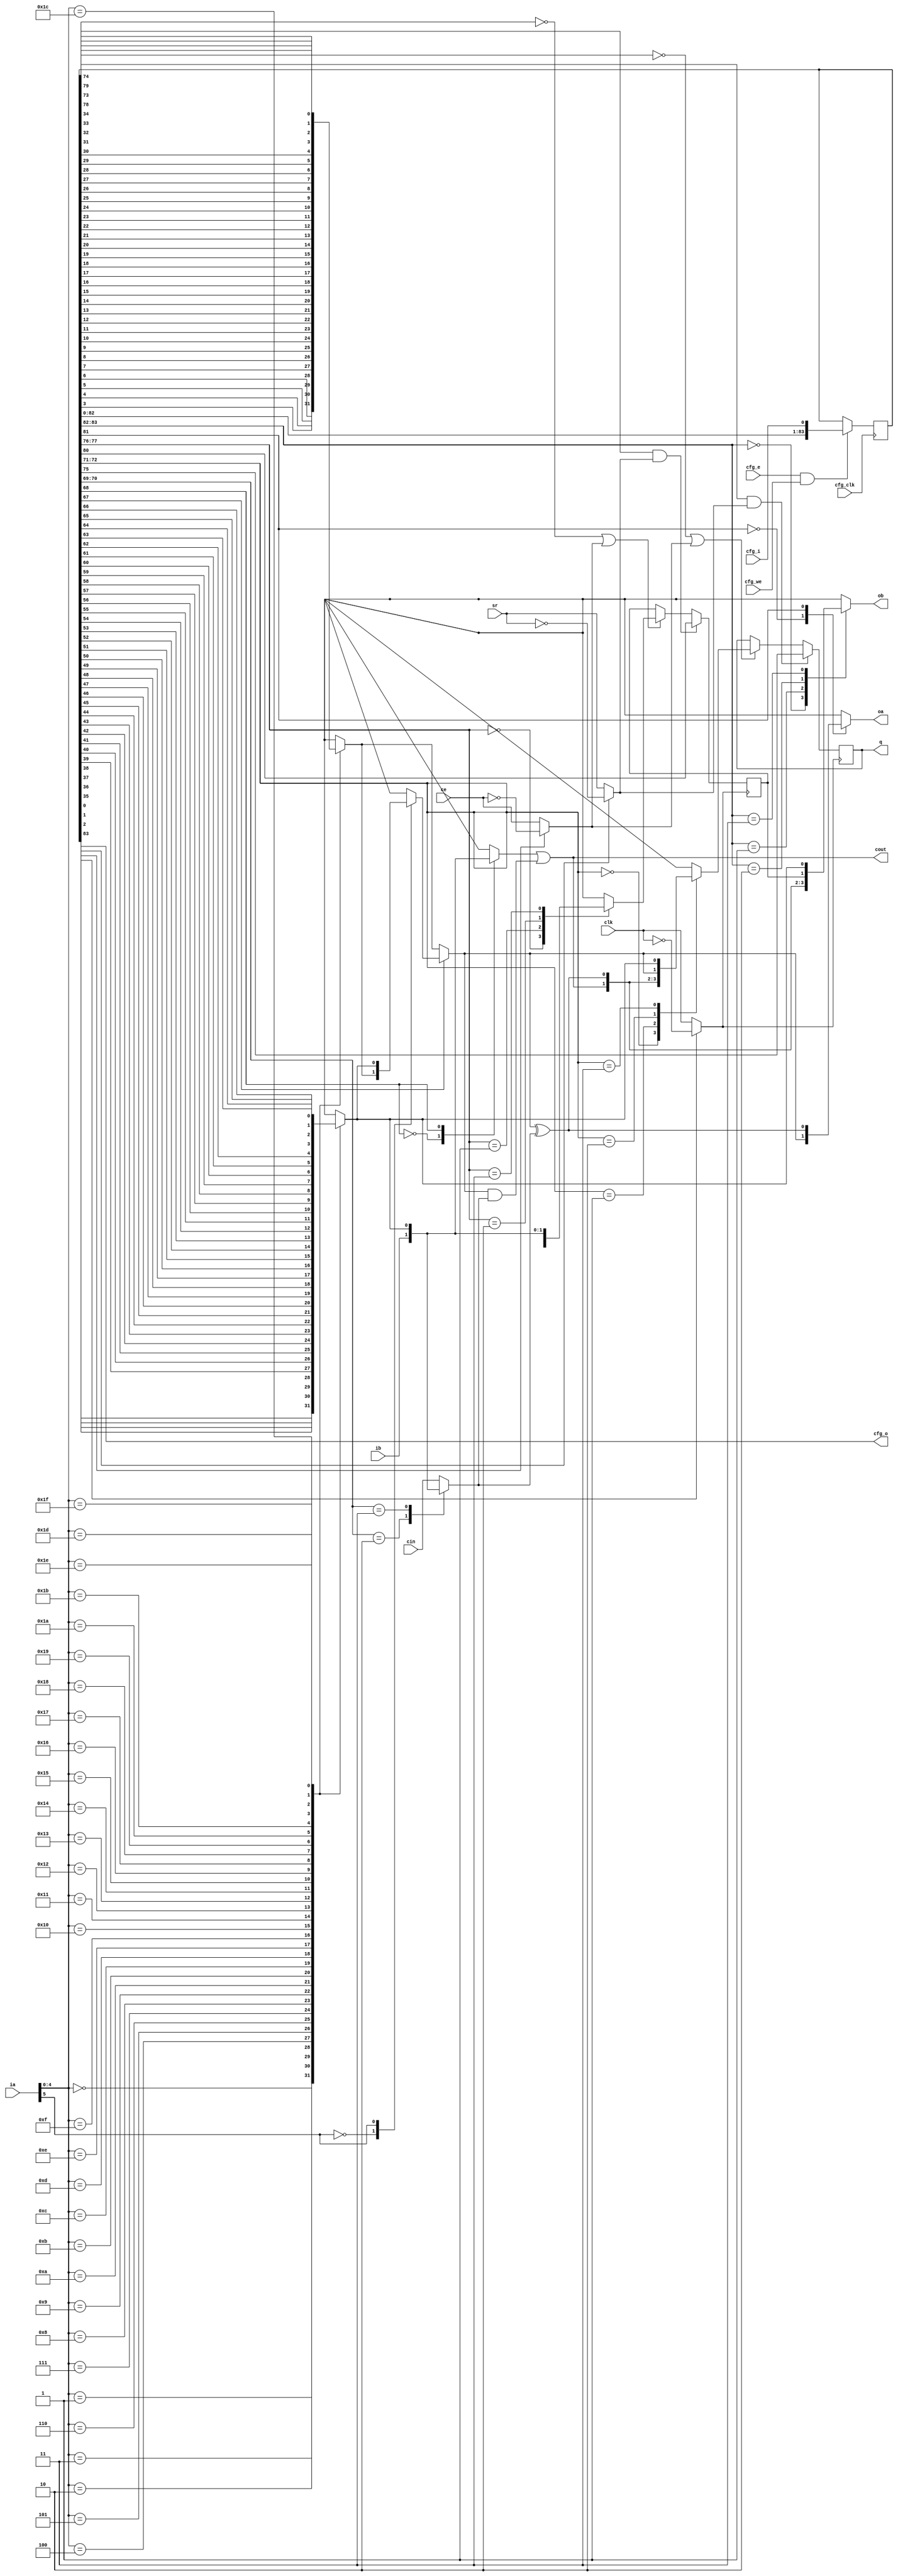
// Automatically generated by PRGA's RTL generator
`define CLOCK_INVERSION 0
`define CE_INVERSION 1
`define SR_INVERSION 2
`define LUT5A_DATA 34:3
`define LUT5B_DATA 66:35
`define LUT6_ENABLE 67
`define CARRY_SOURCE_G 68
`define CARRY_SOURCE_CIN 70:69
`define FFA_SOURCE 72:71
`define FFA_ENABLE_CE 73
`define FFA_ENABLE_SR 74
`define FFA_SR_SET 75
`define FFB_SOURCE 77:76
`define FFB_ENABLE_CE 78
`define FFB_ENABLE_SR 79
`define FFB_SR_SET 80
`define OA_SEL 81
`define OB_SEL 83:82
`define NUM_CFG_BITS 84

module fraclut6sffc (
    // user-accessible ports
    input wire [0:0] clk,   // clock
    input wire [0:0] ce,    // clock enable
    input wire [0:0] sr,    // set/reset
    input wire [5:0] ia,    // input A
    input wire [0:0] ib,    // input B
    input wire [0:0] cin,   // carry in
    output wire [0:0] cout, // carry out
    output reg [0:0] oa,    // output A
    output reg [0:0] ob,    // output B
    output reg [0:0] q,     // output Q

    // config ports
    input wire [0:0] cfg_clk,
    input wire [0:0] cfg_e,
    input wire [0:0] cfg_we,
    input wire [0:0] cfg_i,
    output wire [0:0] cfg_o
    );

    // selector for the carry in of the carry chain
    localparam CARRY_CIN_CIN = 2'd0;
    localparam CARRY_CIN_IB = 2'd2;
    localparam CARRY_CIN_O5 = 2'd3;

    // selector for the input 'g' of carry chain
    localparam CARRY_G_IB = 1'd0;
    localparam CARRY_G_O5 = 1'd1;

    // selector for the source of flip-flop A
    localparam FFA_COUT = 2'd0;
    localparam FFA_S = 2'd1;
    localparam FFA_O6 = 2'd2;
    localparam FFA_O5 = 2'd3;

    // selector for the source of flip-flop B
    localparam FFB_COUT = 2'd0;
    localparam FFB_S = 2'd1;
    localparam FFB_IB = 2'd2;
    localparam FFB_O5 = 2'd3;

    // selector for output OA
    localparam OA_O6 = 1'd0;
    localparam OA_S = 1'd1;

    // selector for output OB
    localparam OB_COUT = 2'd0;
    localparam OB_S = 2'd1;
    localparam OB_QB = 2'd2;
    localparam OB_O5 = 2'd3;

    // ----------------------------------------------------------------------
    // -- Configuration -----------------------------------------------------
    // ----------------------------------------------------------------------
    reg [`NUM_CFG_BITS - 1:0] cfg_d;

    always @(posedge cfg_clk) begin
        if (cfg_e && cfg_we) begin    // configuring
            cfg_d <= {cfg_d, cfg_i};
        end
    end

    assign cfg_o = cfg_d[`NUM_CFG_BITS - 1];

    // ----------------------------------------------------------------------
    // -- invert clock, CE & SR ---------------------------------------------
    // ----------------------------------------------------------------------
    wire internal_clk, internal_ce, internal_sr;
    assign internal_clk = cfg_d[`CLOCK_INVERSION] ? ~clk : clk;
    assign internal_ce = cfg_d[`CE_INVERSION] ? ~ce : ce;
    assign internal_sr = cfg_d[`SR_INVERSION] ? ~sr : sr;

    // ----------------------------------------------------------------------
    // -- LUTs --------------------------------------------------------------
    // ----------------------------------------------------------------------
    // decode prog bits
    wire [31:0] lut_data [0:1];
    assign lut_data[0] = cfg_d[`LUT5A_DATA];
    assign lut_data[1] = cfg_d[`LUT5B_DATA];

    // convert 'x' inputs to '0' in simulation
    reg [5:0] internal_in;

    always @* begin
        internal_in = ia;

        // synopsys translate_off
        if (ia[0] === 1'bx || ia[0] === 1'bz) begin
            internal_in[0] = 1'b0;
        end
        if (ia[1] === 1'bx || ia[1] === 1'bz) begin
            internal_in[1] = 1'b0;
        end
        if (ia[2] === 1'bx || ia[2] === 1'bz) begin
            internal_in[2] = 1'b0;
        end
        if (ia[3] === 1'bx || ia[3] === 1'bz) begin
            internal_in[3] = 1'b0;
        end
        if (ia[4] === 1'bx || ia[4] === 1'bz) begin
            internal_in[4] = 1'b0;
        end
        if (ia[5] === 1'bx || ia[5] === 1'bz) begin
            internal_in[5] = 1'b0;
        end
        // synopsys translate_on
    end

    // lut5 output
    reg [1:0] internal_lut5;
    always @* begin
        case (internal_in[4:0])  // synopsys infer_mux
            5'd0: internal_lut5[0] = lut_data[0][0];
            5'd1: internal_lut5[0] = lut_data[0][1];
            5'd2: internal_lut5[0] = lut_data[0][2];
            5'd3: internal_lut5[0] = lut_data[0][3];
            5'd4: internal_lut5[0] = lut_data[0][4];
            5'd5: internal_lut5[0] = lut_data[0][5];
            5'd6: internal_lut5[0] = lut_data[0][6];
            5'd7: internal_lut5[0] = lut_data[0][7];
            5'd8: internal_lut5[0] = lut_data[0][8];
            5'd9: internal_lut5[0] = lut_data[0][9];
            5'd10: internal_lut5[0] = lut_data[0][10];
            5'd11: internal_lut5[0] = lut_data[0][11];
            5'd12: internal_lut5[0] = lut_data[0][12];
            5'd13: internal_lut5[0] = lut_data[0][13];
            5'd14: internal_lut5[0] = lut_data[0][14];
            5'd15: internal_lut5[0] = lut_data[0][15];
            5'd16: internal_lut5[0] = lut_data[0][16];
            5'd17: internal_lut5[0] = lut_data[0][17];
            5'd18: internal_lut5[0] = lut_data[0][18];
            5'd19: internal_lut5[0] = lut_data[0][19];
            5'd20: internal_lut5[0] = lut_data[0][20];
            5'd21: internal_lut5[0] = lut_data[0][21];
            5'd22: internal_lut5[0] = lut_data[0][22];
            5'd23: internal_lut5[0] = lut_data[0][23];
            5'd24: internal_lut5[0] = lut_data[0][24];
            5'd25: internal_lut5[0] = lut_data[0][25];
            5'd26: internal_lut5[0] = lut_data[0][26];
            5'd27: internal_lut5[0] = lut_data[0][27];
            5'd28: internal_lut5[0] = lut_data[0][28];
            5'd29: internal_lut5[0] = lut_data[0][29];
            5'd30: internal_lut5[0] = lut_data[0][30];
            5'd31: internal_lut5[0] = lut_data[0][31];
        endcase
    end
    always @* begin
        case (internal_in[4:0])  // synopsys infer_mux
            5'd0: internal_lut5[1] = lut_data[1][0];
            5'd1: internal_lut5[1] = lut_data[1][1];
            5'd2: internal_lut5[1] = lut_data[1][2];
            5'd3: internal_lut5[1] = lut_data[1][3];
            5'd4: internal_lut5[1] = lut_data[1][4];
            5'd5: internal_lut5[1] = lut_data[1][5];
            5'd6: internal_lut5[1] = lut_data[1][6];
            5'd7: internal_lut5[1] = lut_data[1][7];
            5'd8: internal_lut5[1] = lut_data[1][8];
            5'd9: internal_lut5[1] = lut_data[1][9];
            5'd10: internal_lut5[1] = lut_data[1][10];
            5'd11: internal_lut5[1] = lut_data[1][11];
            5'd12: internal_lut5[1] = lut_data[1][12];
            5'd13: internal_lut5[1] = lut_data[1][13];
            5'd14: internal_lut5[1] = lut_data[1][14];
            5'd15: internal_lut5[1] = lut_data[1][15];
            5'd16: internal_lut5[1] = lut_data[1][16];
            5'd17: internal_lut5[1] = lut_data[1][17];
            5'd18: internal_lut5[1] = lut_data[1][18];
            5'd19: internal_lut5[1] = lut_data[1][19];
            5'd20: internal_lut5[1] = lut_data[1][20];
            5'd21: internal_lut5[1] = lut_data[1][21];
            5'd22: internal_lut5[1] = lut_data[1][22];
            5'd23: internal_lut5[1] = lut_data[1][23];
            5'd24: internal_lut5[1] = lut_data[1][24];
            5'd25: internal_lut5[1] = lut_data[1][25];
            5'd26: internal_lut5[1] = lut_data[1][26];
            5'd27: internal_lut5[1] = lut_data[1][27];
            5'd28: internal_lut5[1] = lut_data[1][28];
            5'd29: internal_lut5[1] = lut_data[1][29];
            5'd30: internal_lut5[1] = lut_data[1][30];
            5'd31: internal_lut5[1] = lut_data[1][31];
        endcase
    end

    // lut6 output
    reg [0:0] internal_lut6;
    always @* begin
        if (cfg_d[`LUT6_ENABLE]) begin
            case (internal_in[5]) // synopsys infer_mux
                1'b0: internal_lut6 = internal_lut5[0];
                1'b1: internal_lut6 = internal_lut5[1];
            endcase
        end else begin
            internal_lut6 = internal_lut5[0];
        end
    end

    // ----------------------------------------------------------------------
    // -- Carry Chain -------------------------------------------------------
    // ----------------------------------------------------------------------
    // input g
    reg internal_carry_g;

    always @* begin
        internal_carry_g = ib;

        case (cfg_d[`CARRY_SOURCE_G])
            CARRY_G_IB: internal_carry_g = ib;
            CARRY_G_O5: internal_carry_g = internal_lut5[1];
        endcase
    end

    // carry in
    reg internal_carry_cin;

    always @* begin
        internal_carry_cin = cin;

        case (cfg_d[`CARRY_SOURCE_CIN])
            CARRY_CIN_CIN: internal_carry_cin = cin;
            CARRY_CIN_IB: internal_carry_cin = ib;
            CARRY_CIN_O5: internal_carry_cin = internal_lut5[1];
        endcase
    end

    // carry
    wire s;
    assign cout = internal_carry_g || (internal_lut6 && internal_carry_cin);
    assign s = internal_lut6 ^ internal_carry_cin;

    // ----------------------------------------------------------------------
    // -- Flip-flop A -------------------------------------------------------
    // ----------------------------------------------------------------------
    always @(posedge internal_clk) begin
        if (cfg_d[`FFA_ENABLE_SR] && internal_sr) begin
            q <= cfg_d[`FFA_SR_SET];
        end else if (~cfg_d[`FFA_ENABLE_CE] || internal_ce) begin
            case (cfg_d[`FFA_SOURCE])
                FFA_COUT: q <= cout;
                FFA_S: q <= s;
                FFA_O6: q <= internal_lut6;
                FFA_O5: q <= internal_lut5[1];
            endcase
        end
    end

    // ----------------------------------------------------------------------
    // -- Flip-flop B -------------------------------------------------------
    // ----------------------------------------------------------------------
    reg ffb;
    always @(posedge internal_clk) begin
        if (cfg_d[`FFB_ENABLE_SR] && internal_sr) begin
            ffb <= cfg_d[`FFB_SR_SET];
        end else if (~cfg_d[`FFB_ENABLE_CE] || internal_ce) begin
            case (cfg_d[`FFB_SOURCE])
                FFB_COUT: ffb <= cout;
                FFB_S: ffb <= s;
                FFB_IB: ffb <= ib;
                FFB_O5: ffb <= internal_lut5[1];
            endcase
        end
    end

    // ----------------------------------------------------------------------
    // -- OA ----------------------------------------------------------------
    // ----------------------------------------------------------------------

    always @* begin
        case (cfg_d[`OA_SEL])
            OA_O6: oa = internal_lut6;
            OA_S: oa = s;
        endcase
    end

    // ----------------------------------------------------------------------
    // -- OB ----------------------------------------------------------------
    // ----------------------------------------------------------------------
    always @* begin
        case (cfg_d[`OB_SEL])
            OB_COUT: ob = cout;
            OB_S: ob = s;
            OB_QB: ob = ffb;
            OB_O5: ob = internal_lut5[1];
        endcase
    end

endmodule